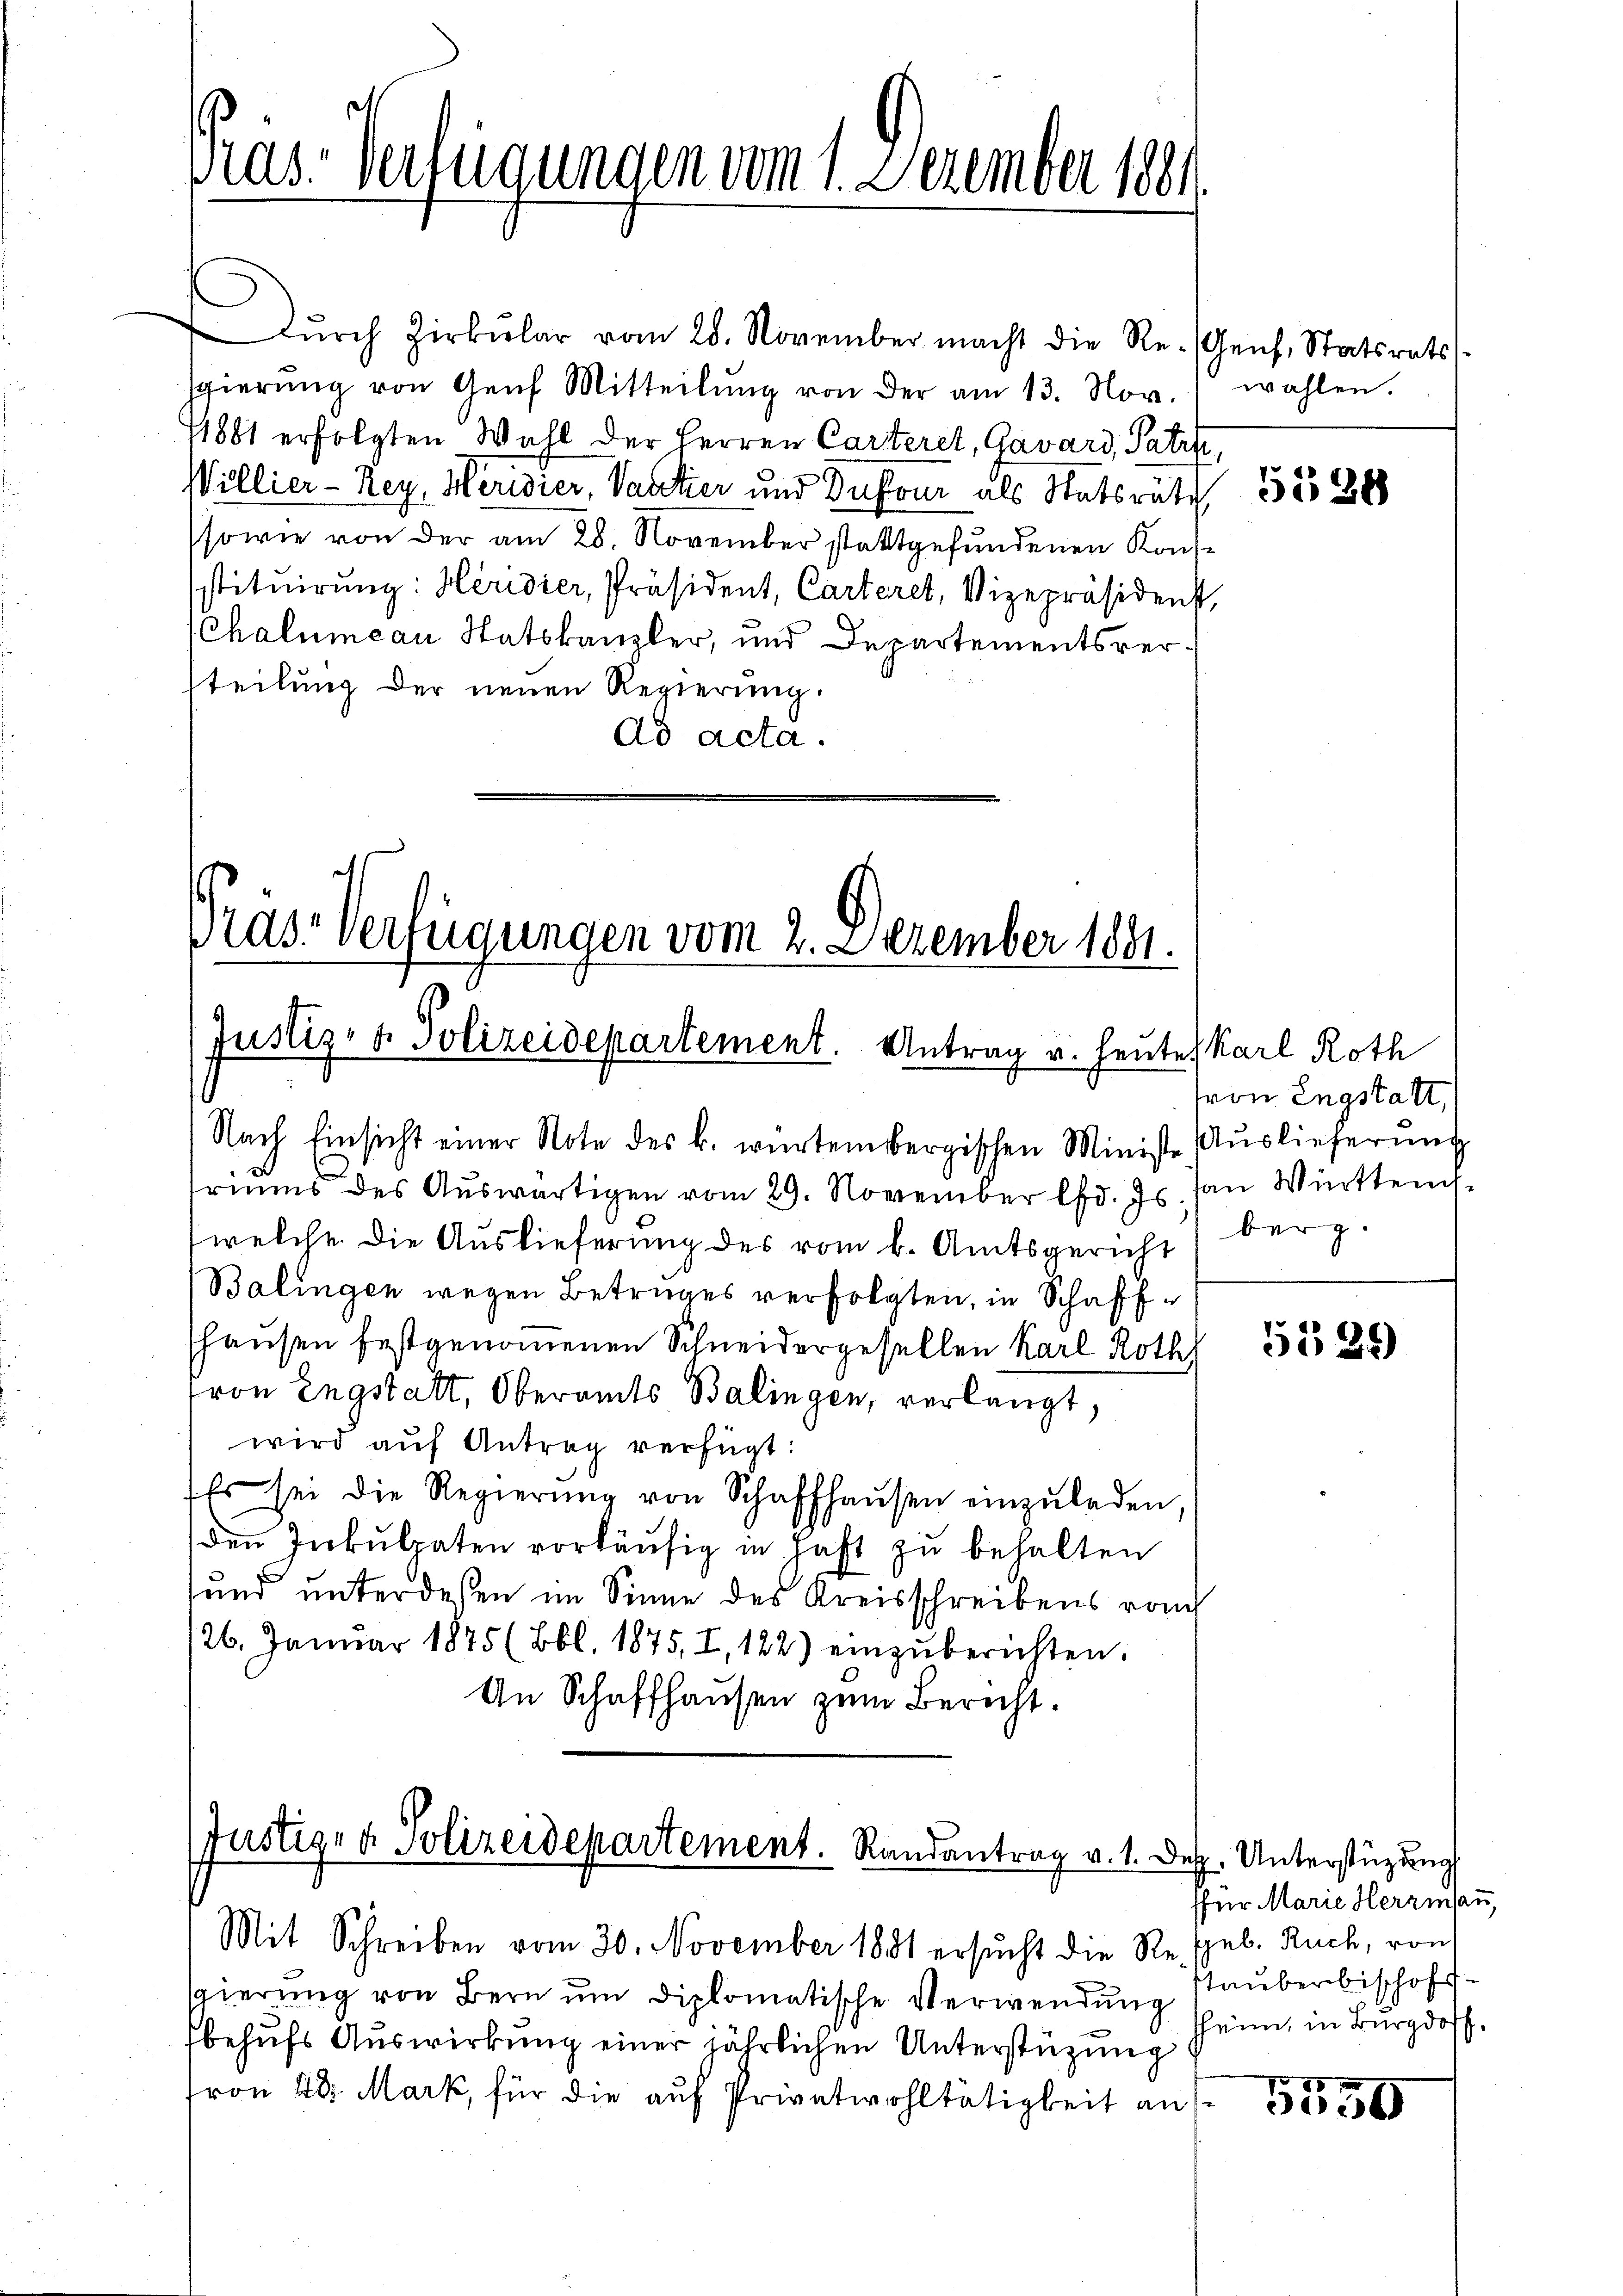
Dŭrch Zirkŭlar vom 28. November macht die Re- Genf, Statsrats
sgierŭng von Genf Mitteilŭng von der am 13. Nov.
11881 erfolgten Wahl der Herren Carteret, Gavard, Patze,
Willier - Rey, Meridier, Vater und Dufour als Statsräth
sowie von der am 28. November stattgefŭndenen Kons-
sstituirung: Heridier, Präsident, Carteret, Vizepräsident,
Chalumcan Statskanzler, und Departementsverteilung der neuen Regierung.
Ad acta.

ias Verfügungen vom 1. Dezember 1881

Pras Verfügungen vom 2. Dezember 1881.
Justiz- & Polizeidepartement. Antrag v. Heute Karl Roth

Nach Einsicht einer Note des k. würtembergischen Ministe Auslieferung
riums des Auswärtigen vom 29. November lfd. Js. an Württemwelche die Auslieferung des vom k. Amtsgericht
Balingen wegen Betruges verfolgten, in Schaff
hausen festgenommenen Schneidergesellen Karl Roth
von Engstatt, Oberamts Balingen, verlangt,
wird aŭf Antrag verfügt:
Es sei die Regierŭng von Schaffhaŭsen einzŭladen,
den Inkulraten vorläufig in hast zu behalten
und unterdeßen im Sinne des Kreisschreibens von
26. Januar 1875 (Bbl. 1875, I, 122) einzŭberichten.
An Schaffhausen zum Bericht.

Justiz- & Polizeidepartement. Randantrag v. 1. Dez. Unterstüzung
Mit Schreiben vom 30. November 1881 ersucht die Respel. Ruch, von

wahlen.

gierung von Bern ŭm diplomatische Verwendung
behufs Auswirkung einer jährlichen Unterstützung
von 48. Mark, für die auf Privatwohltätigkeit an

5538

von Engstatt,
berg.

5529)

ffür Marie Herrmann,
Stauberbischofs
hheim, in Burgdoff.

559